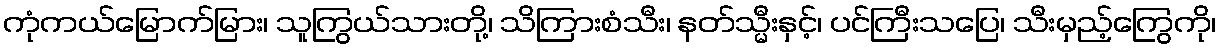
ကုံကယ်မြောက်မြား၊ သူကြွယ်သားတို့၊ သိကြားစံသီး၊ နတ်သ္မီးနှင့်၊ ပင်ကြီးသပြေ၊ သီးမှည့်ကြွေကို၊